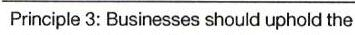
Principle 3: Businesses should uphold the